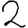
Digit: 2